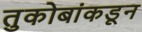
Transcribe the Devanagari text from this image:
तुकोबांकडून